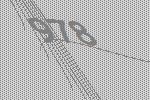
978